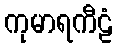
ကုမာရကီဠံ